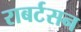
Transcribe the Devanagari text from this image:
राबर्टसन